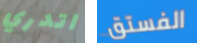
اتدري الفستق